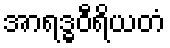
အာရဒ္ဓဝီရိယတံ